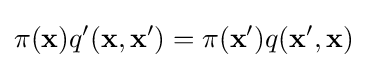
\pi (\mathbf {x} )q'(\mathbf {x} ,\mathbf {x'} )=\pi (\mathbf {x'} )q(\mathbf {x'} ,\mathbf {x} )